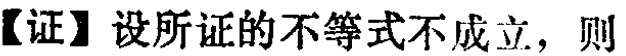
【证】设所证的不等式不成立，则